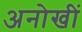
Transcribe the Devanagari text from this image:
अनोखीं